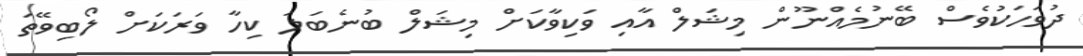
ދުވަހަކުވެސް ބޭނުމެއްނޫން މިޝަލް އާއި ވަކިވާކަށް މިޝަލް ބުނެބަލަ ކިހާ ވަރަކަށް ލޯބިވޭތަ